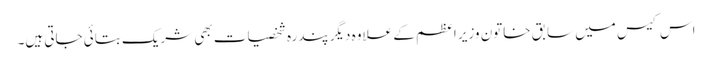
اس کیس میں سابق خاتون وزیر اعظم کے علاوہ دیگر پندرہ شخصیات بھی شریک بتائی جاتی ہیں۔